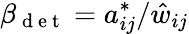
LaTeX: \beta_{\mathrm{~d~e~t~}}=a_{ij}^{*}/\hat{w}_{ij}